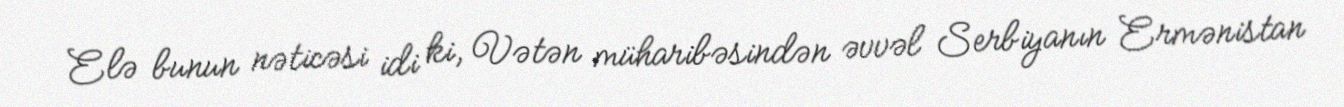
Elə bunun nəticəsi idi ki, Vətən müharibəsindən əvvəl Serbiyanın Ermənistan